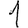
Digit: 1